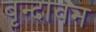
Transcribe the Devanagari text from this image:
बृन्दावन